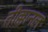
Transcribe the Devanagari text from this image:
तीक्कानल